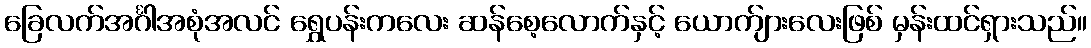
ခြေလက်အင်္ဂါအစုံအလင် ရွှေပန်းကလေး ဆန်စေ့လောက်နှင့် ယောက်ျားလေးဖြစ် မှန်းထင်ရှားသည်။